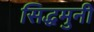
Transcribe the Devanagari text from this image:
सिद्धमुनी